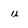
Character: u